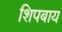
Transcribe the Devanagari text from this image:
शिपबाय